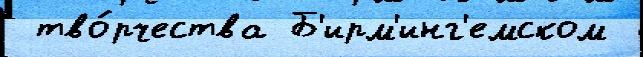
 тво́рчества Б'ирм'инг'емском